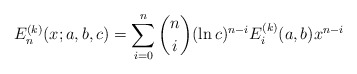
\begin{align*}{E}^{(k)}_n(x;a,b,c)=\sum_{i=0}^n\binom{n}{i}(\ln c)^{n-i}{E}^{(k)}_i(a,b)x^{n-i}\end{align*}